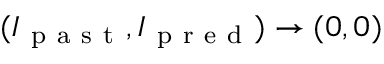
( I _ { \mathrm { ~ p ~ a ~ s ~ t ~ } } , I _ { \mathrm { ~ p ~ r ~ e ~ d ~ } } ) \to ( 0 , 0 )